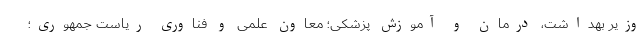
وزیر بهداشت، درمان و آموزش پزشکی؛ معاون علمی و فناوری ریاست جمهوری؛